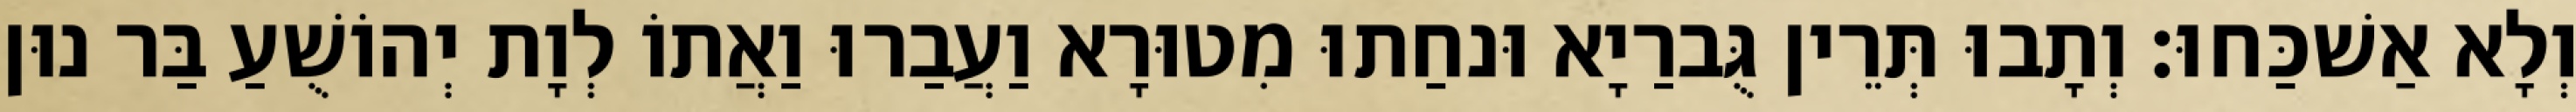
וְלָא אַשׁכַּחוּ׃ וְתָבוּ תְּרֵין גֻּברַיָא וּנחַתוּ מִטוּרָא וַעֲבַרוּ וַאֲתוֹ לְוָת יְהוֹשֻׁעַ בַּר נוּן